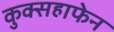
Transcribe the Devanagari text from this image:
कुक्सहाफेन